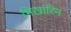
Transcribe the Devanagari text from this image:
भिखारिन